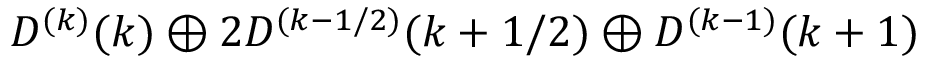
D ^ { ( k ) } ( k ) \oplus 2 D ^ { ( k - 1 / 2 ) } ( k + 1 / 2 ) \oplus D ^ { ( k - 1 ) } ( k + 1 )